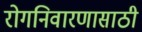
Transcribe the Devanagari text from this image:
रोगनिवारणासाठी